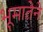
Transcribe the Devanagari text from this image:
भूमातेने